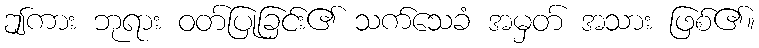
ဤကား ဘုရား ဝတ်ပြုခြင်း၏ သက်သေခံ အမှတ် အသား ဖြစ်၏။